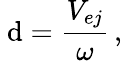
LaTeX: \ \mathrm{d}={\frac{{V_{ej}}}{{\omega}}}\, ,